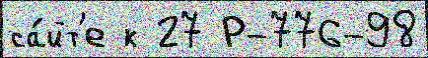
са́йт'е к 27 Р-776-98